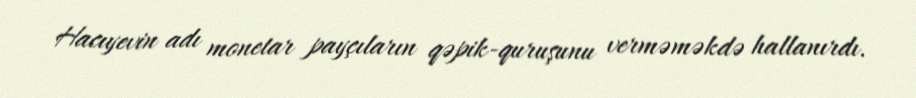
Hacıyevin adı monetar payçıların qəpik-quruşunu verməməkdə hallanırdı.